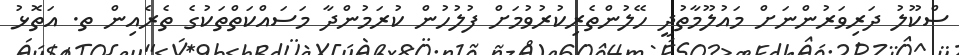
ސްކޫލު ދަރިވަރުންނަށް މައުލޫމާތުދީ ހޭލުންތެރިކުރުވުމަށް ފުލުހުން ކުރަމުންދާ މަސައްކަތްތަކުގެ ތެރެއިން ތ. އަތޮޅު